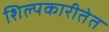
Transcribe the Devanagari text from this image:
शिल्पकारीतेत